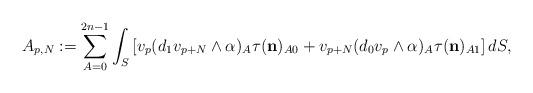
LaTeX: \begin{align*} A_{p,N}:=\sum_{A=0}^{2n-1} \int_S \left[v_p(d_1v_{p+N}\wedge\alpha)_A \tau( \mathbf{{n}})_{A0}+v_{p+N} (d_0 v_p\wedge\alpha)_A \tau( \mathbf{{n}})_{A1}\right]dS, \end{align*}